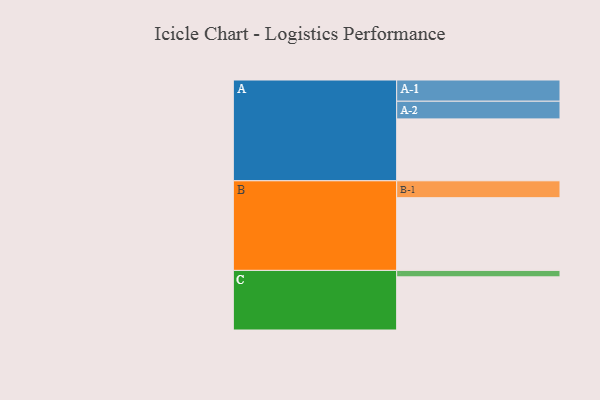
{"axis": {"x": "Segment", "y": "Value"}, "legend": ["", "A", "B", "C"], "data": [{"x": "A", "y": 487, "type": ""}, {"x": "B", "y": 572, "type": ""}, {"x": "C", "y": 418, "type": ""}, {"x": "A-1", "y": 167, "type": "A"}, {"x": "A-2", "y": 139, "type": "A"}, {"x": "B-1", "y": 133, "type": "B"}, {"x": "C-1", "y": 51, "type": "C"}]}